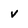
Character: v